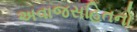
અવાજસહિતનો